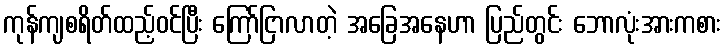
ကုန်ကျစရိတ်ထည့်ဝင်ပြီး ကြော်ငြာလာတဲ့ အခြေအနေဟာ ပြည်တွင်း ဘောလုံးအားကစား